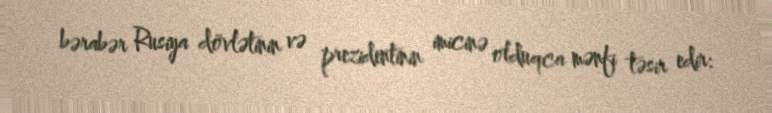
bərabər Rusiya dövlətinin və prezidentinin imicinə olduqca mənfi təsir edir: